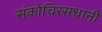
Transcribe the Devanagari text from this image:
संकोचिरसधानी